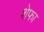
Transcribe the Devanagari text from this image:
शेफा